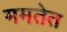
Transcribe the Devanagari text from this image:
ममतेत